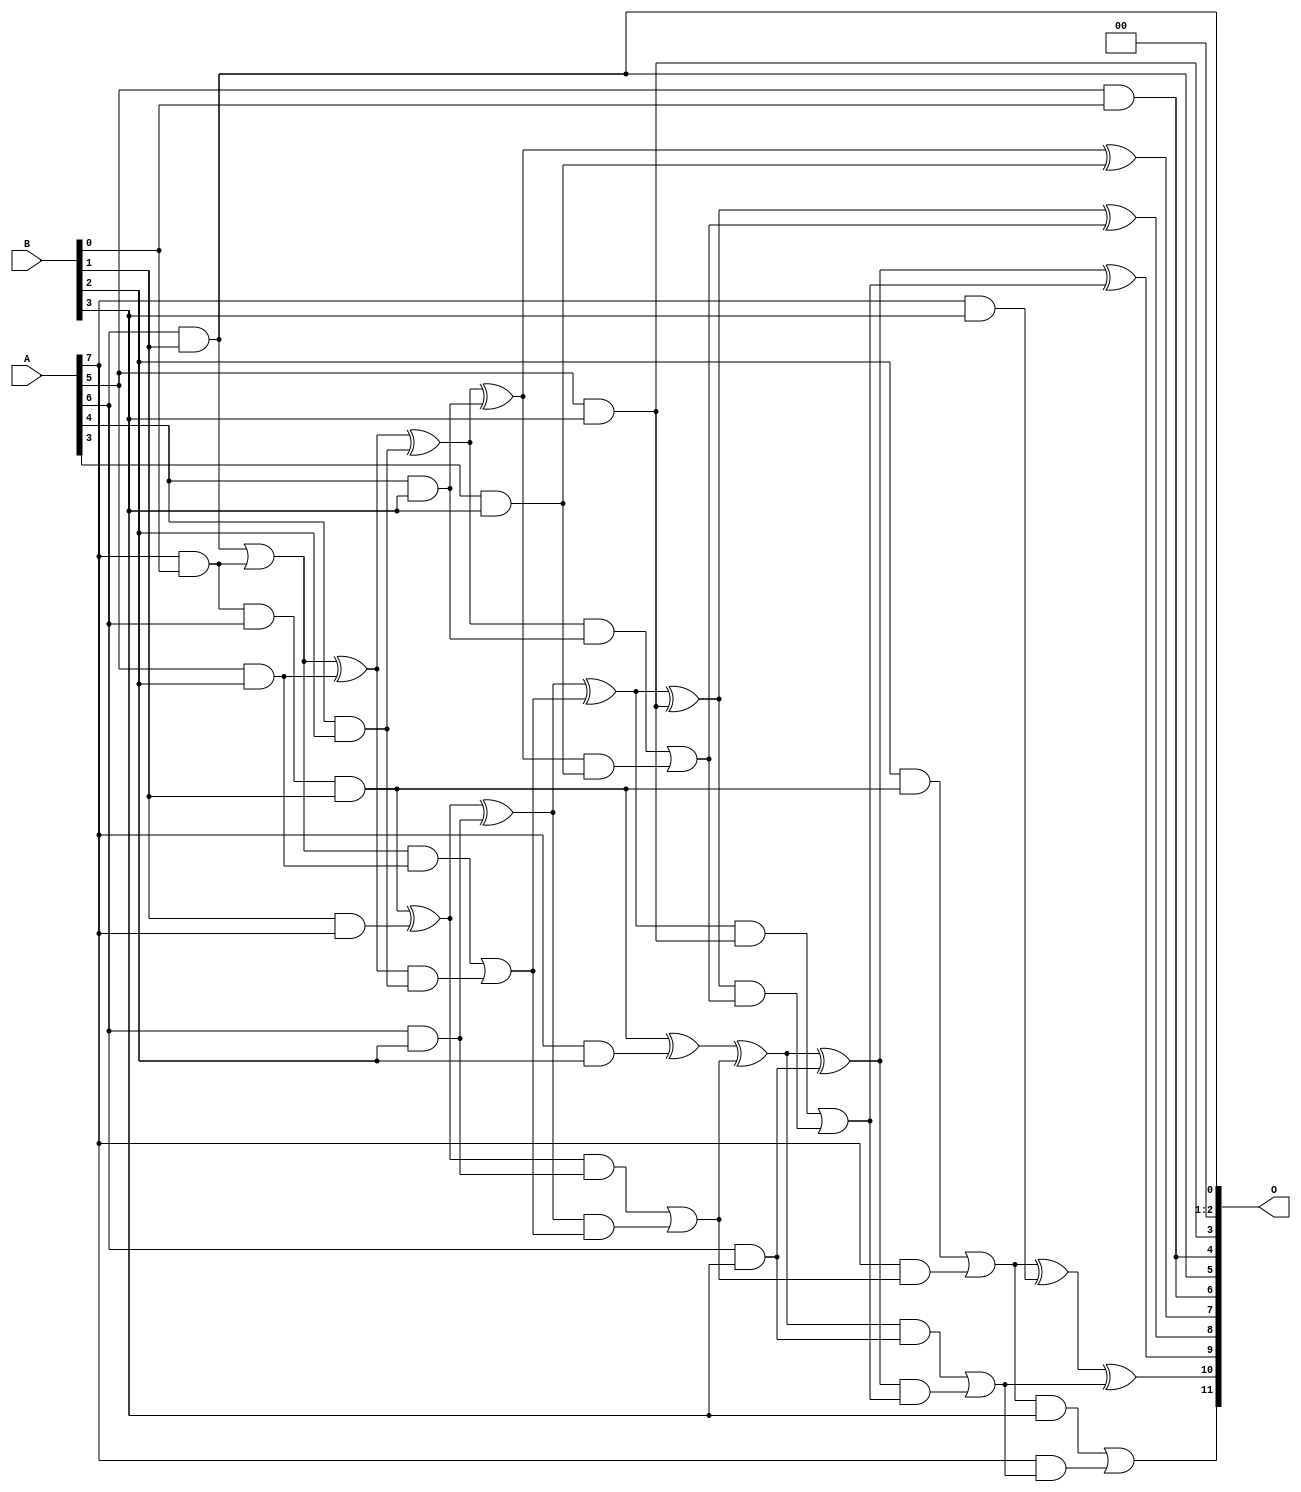
/***
* This code is a part of EvoApproxLib library (ehw.fit.vutbr.cz/approxlib) distributed under The MIT License.
* When used, please cite the following article(s): V. Mrazek, L. Sekanina, Z. Vasicek "Libraries of Approximate Circuits: Automated Design and Application in CNN Accelerators" IEEE Journal on Emerging and Selected Topics in Circuits and Systems, Vol 10, No 4, 2020 
* This file contains a circuit from a sub-set of pareto optimal circuits with respect to the pwr and mae parameters
***/
// MAE% = 1.10 %
// MAE = 45 
// WCE% = 4.00 %
// WCE = 164 
// WCRE% = 150.00 %
// EP% = 92.21 %
// MRE% = 15.94 %
// MSE = 3227 
// PDK45_PWR = 0.047 mW
// PDK45_AREA = 122.0 um2
// PDK45_DELAY = 0.60 ns

module mul8x4u_1XB (
    A,
    B,
    O
);

input [7:0] A;
input [3:0] B;
output [11:0] O;

wire sig_19,sig_25,sig_26,sig_40,sig_54,sig_55,sig_56,sig_61,sig_66,sig_67,sig_68,sig_69,sig_75,sig_92,sig_93,sig_94,sig_95,sig_96,sig_97,sig_98;
wire sig_99,sig_100,sig_101,sig_102,sig_104,sig_105,sig_106,sig_110,sig_111,sig_112,sig_113,sig_114,sig_132,sig_133,sig_134,sig_135,sig_136,sig_137,sig_138,sig_139;
wire sig_140,sig_141,sig_142,sig_143,sig_144,sig_145,sig_146,sig_147,sig_148,sig_149,sig_150,sig_151;

assign sig_19 = A[7] & B[0];
assign sig_25 = A[5] & B[0];
assign sig_26 = A[6] & B[1];
assign sig_40 = B[1] & A[7];
assign sig_54 = sig_26 | sig_19;
assign sig_55 = sig_19 & A[6];
assign sig_56 = sig_55 & B[1];
assign sig_61 = sig_56 ^ sig_40;
assign sig_66 = A[4] & B[2];
assign sig_67 = A[5] & B[2];
assign sig_68 = A[6] & B[2];
assign sig_69 = A[7] & B[2];
assign sig_75 = B[2] & sig_56;
assign sig_92 = sig_54 ^ sig_67;
assign sig_93 = sig_54 & sig_67;
assign sig_94 = sig_92 & sig_66;
assign sig_95 = sig_92 ^ sig_66;
assign sig_96 = sig_93 | sig_94;
assign sig_97 = sig_61 ^ sig_68;
assign sig_98 = sig_61 & sig_68;
assign sig_99 = sig_97 & sig_96;
assign sig_100 = sig_97 ^ sig_96;
assign sig_101 = sig_98 | sig_99;
assign sig_102 = sig_56 ^ sig_69;
assign sig_104 = A[7] & sig_101;
assign sig_105 = sig_102 ^ sig_101;
assign sig_106 = sig_75 | sig_104;
assign sig_110 = A[3] & B[3];
assign sig_111 = A[4] & B[3];
assign sig_112 = A[5] & B[3];
assign sig_113 = A[6] & B[3];
assign sig_114 = A[7] & B[3];
assign sig_132 = sig_95 ^ sig_111;
assign sig_133 = sig_95 & sig_111;
assign sig_134 = sig_132 & sig_110;
assign sig_135 = sig_132 ^ sig_110;
assign sig_136 = sig_133 | sig_134;
assign sig_137 = sig_100 ^ sig_112;
assign sig_138 = sig_100 & sig_112;
assign sig_139 = sig_137 & sig_136;
assign sig_140 = sig_137 ^ sig_136;
assign sig_141 = sig_138 | sig_139;
assign sig_142 = sig_105 ^ sig_113;
assign sig_143 = sig_105 & sig_113;
assign sig_144 = sig_142 & sig_141;
assign sig_145 = sig_142 ^ sig_141;
assign sig_146 = sig_143 | sig_144;
assign sig_147 = sig_106 ^ sig_114;
assign sig_148 = sig_106 & B[3];
assign sig_149 = A[7] & sig_146;
assign sig_150 = sig_147 ^ sig_146;
assign sig_151 = sig_148 | sig_149;

assign O[11] = sig_151;
assign O[10] = sig_150;
assign O[9] = sig_145;
assign O[8] = sig_140;
assign O[7] = sig_135;
assign O[6] = sig_25;
assign O[5] = sig_26;
assign O[4] = sig_25;
assign O[3] = sig_112;
assign O[2] = 1'b0;
assign O[1] = 1'b0;
assign O[0] = sig_26;

endmodule